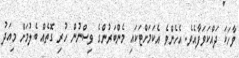
ވާހަކަ ދައްކަވަފާއެވެ. އެހެންވެ އެކަމަށްޓަކައި މެންބަރުންގެ ވިސްނުން ހުރި ގޮތެއް ބެލުމަށް މިއަދު